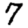
Digit: 7